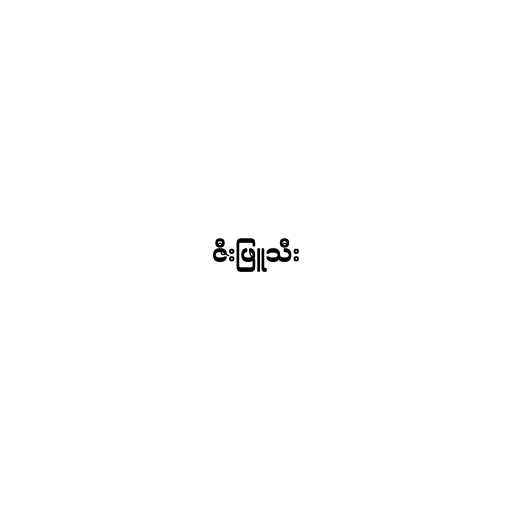
ဇီးဖြူသီး